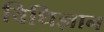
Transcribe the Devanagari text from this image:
विधिज्ञान